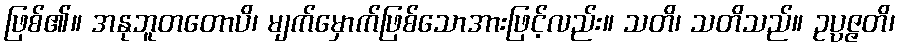
ဖြစ်၏။ အနုဘူတတောပိ၊ မျက်မှောက်ဖြစ်သောအားဖြင့်လည်း။ သတိ၊ သတိသည်။ ဥပ္ပဇ္ဇတိ၊